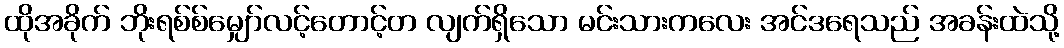
ထိုအခိုက် ဘိုးရစ်စ်မျှော်လင့်တောင့်တ လျက်ရှိသော မင်းသားကလေး အင်ဒရေသည် အခန်းထဲသို့